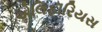
એલિફૉરિયસ